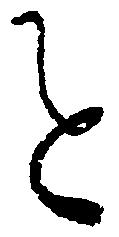
を